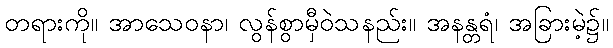
တရားကို။ အာသေဝနာ၊ လွန်စွာမှီဝဲသနည်း။ အနန္တရံ၊ အခြားမဲ့၌။